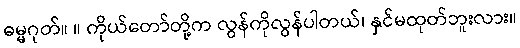
ဓမ္မဂုတ်။ ။ ကိုယ်တော်တို့က လွန်ကိုလွန်ပါတယ်၊ နှင်မထုတ်ဘူးလား။